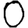
Digit: 0